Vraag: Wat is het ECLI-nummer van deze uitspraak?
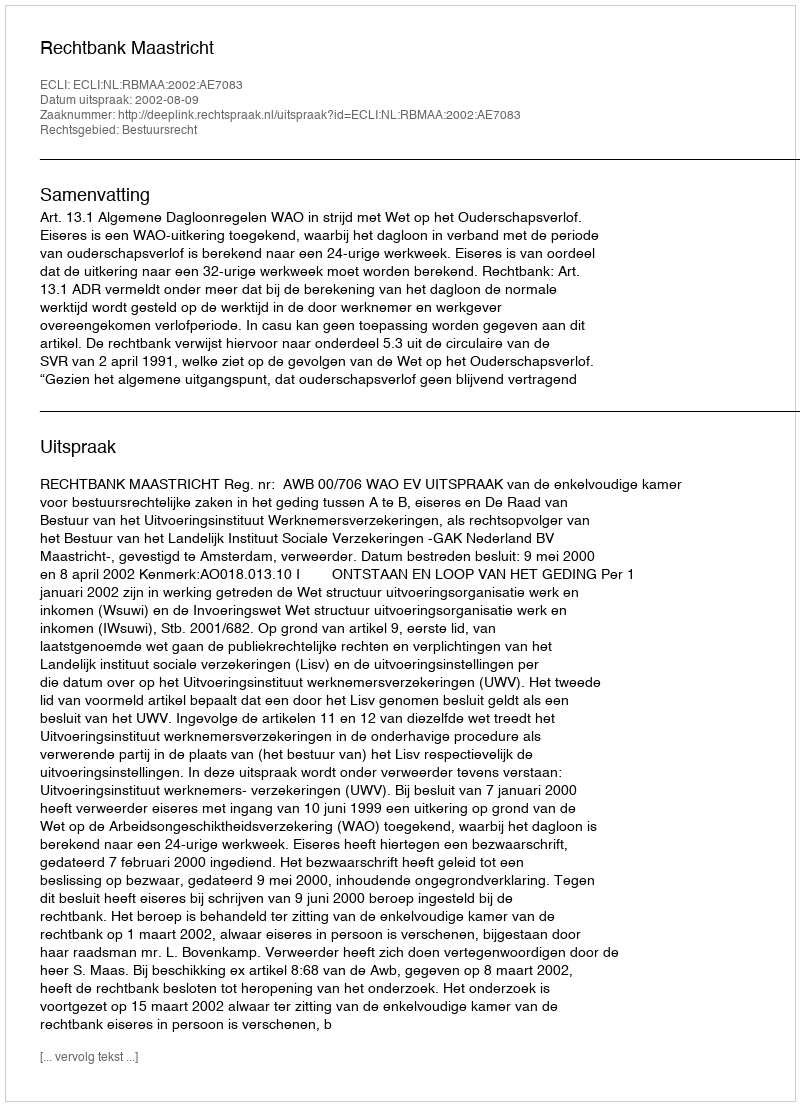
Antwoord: ECLI:NL:RBMAA:2002:AE7083